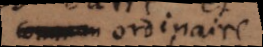
commun ordinaire